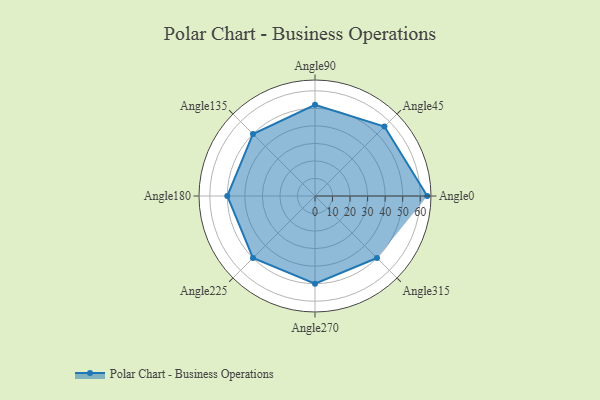
{"axis": {"x": "Angle", "y": "Radius"}, "legend": [""], "data": [{"x": "Angle0", "y": 64.0, "type": ""}, {"x": "Angle45", "y": 56.0, "type": ""}, {"x": "Angle90", "y": 52.0, "type": ""}, {"x": "Angle135", "y": 50, "type": ""}, {"x": "Angle180", "y": 50, "type": ""}, {"x": "Angle225", "y": 50, "type": ""}, {"x": "Angle270", "y": 50, "type": ""}, {"x": "Angle315", "y": 50, "type": ""}]}